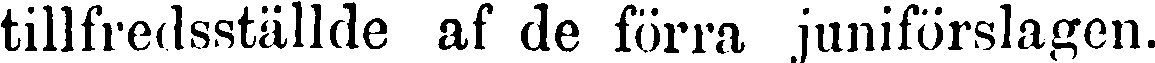
tillfredsställde af de förra juniförslagen.